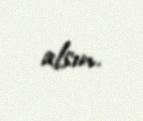
alsın.